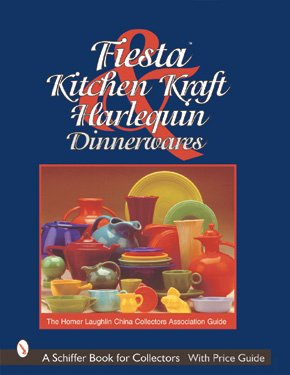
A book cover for Fiesta, Harlequin & Kitchen Kraft Tablewares: The Homer Laughlin China Collectors Association Guide; Arts & Photography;